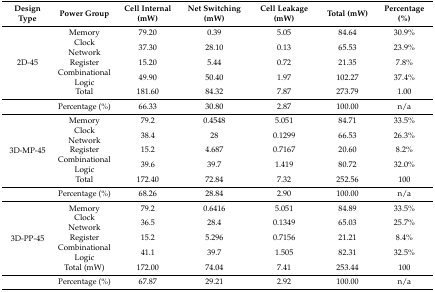
| Design Type | Power Group | Cell Internal (mW) | Net Switching (mW) | Cell Leakage (mW) | Total (mW) | Percentage (%) |
 | --- | --- | --- | --- | --- | --- | --- |
 | <ROWSPAN=5> 2D-45 | Memory | 79.20 | 0.39 | 5.05 | 84.64 | 30.9% |
 | Clock Network | 37.30 | 28.10 | 0.13 | 65.53 | 23.9% |
 | Register | 15.20 | 5.44 | 0.72 | 21.35 | 7.8% |
 | Combinational Logic | 49.90 | 50.40 | 1.97 | 102.27 | 37.4% |
 | Total | 181.60 | 84.32 | 7.87 | 273.79 | 1.00 |
 |  | Percentage (%) | 66.33 | 30.80 | 2.87 | 100.00 | n/a |
 | <ROWSPAN=5> 3D-MP-45 | Memory | 79.2 | 0.4548 | 5.051 | 84.71 | 33.5% |
 | Clock Network | 38.4 | 28 | 0.1299 | 66.53 | 26.3% |
 | Register | 15.2 | 4.687 | 0.7167 | 20.60 | 8.2% |
 | Combinational Logic | 39.6 | 39.7 | 1.419 | 80.72 | 32.0% |
 | Total | 172.40 | 72.84 | 7.32 | 252.56 | 100 |
 |  | Percentage (%) | 68.26 | 28.84 | 2.90 | 100.00 | n/a |
 | <ROWSPAN=5> 3D-PP-45 | Memory | 79.2 | 0.6416 | 5.051 | 84.89 | 33.5% |
 | Clock Network | 36.5 | 28.4 | 0.1349 | 65.03 | 25.7% |
 | Register | 15.2 | 5.296 | 0.7156 | 21.21 | 8.4% |
 | Combinational Logic | 41.1 | 39.7 | 1.505 | 82.31 | 32.5% |
 | Total (mW) | 172.00 | 74.04 | 7.41 | 253.44 | 100 |
 |  | Percentage (%) | 67.87 | 29.21 | 2.92 | 100.00 | n/a |